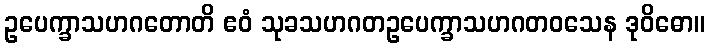
ဥပေက္ခာသဟဂတောတိ ဧဝံ သုခသဟဂတဥပေက္ခာသဟဂတဝသေန ဒုဝိဓော။